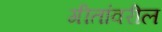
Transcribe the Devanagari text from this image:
गीतांवरील